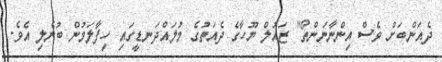
ދެއަންބަށް ވެސް އިންނާނަންތޯ" ޒައުލް ޔޫހާގެ ދެއަތުގެ މުލައްދަނޑީގައި ހިފާލަމުން ބުނެލި އެވެ.